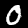
Digit: 0